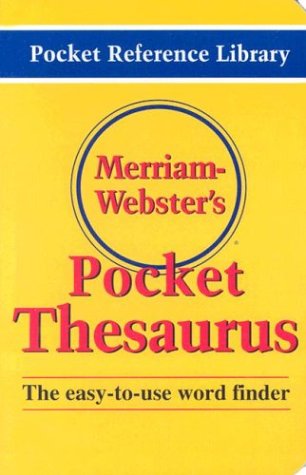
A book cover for Merriam-Webster's Pocket Thesaurus (Pocket Reference Library); Merriam-Webster; Reference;